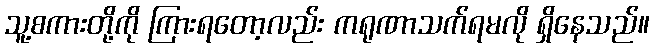
သူ့စကားတို့ကို ကြားရတော့လည်း ကရုဏာသက်ရမလို ရှိနေသည်။